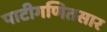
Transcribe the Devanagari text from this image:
पाटीगणितसार